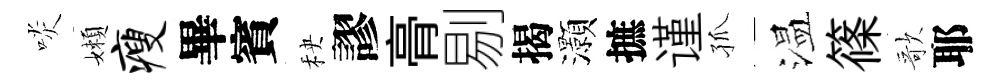
啖嬾瘦畢賓秧謬𮌔剔揭灝摭谨孤温篠歌耶